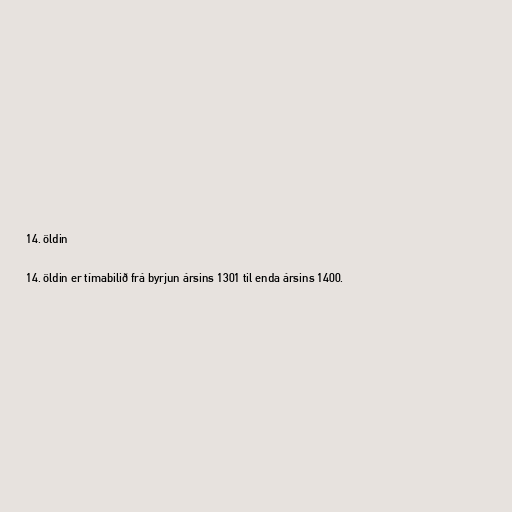
14. öldin

14. öldin er tímabilið frá byrjun ársins 1301 til enda ársins 1400.